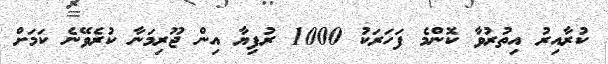
ކުރާއިރު އިތުރުވާ ކޮންމެ ފަހަރަކު 1000 ރުފިޔާ އިން ޖޫރިމަނާ ކުރެވޭނެ ކަމަށް